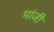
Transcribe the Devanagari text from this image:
मांजी